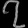
Digit: ၇